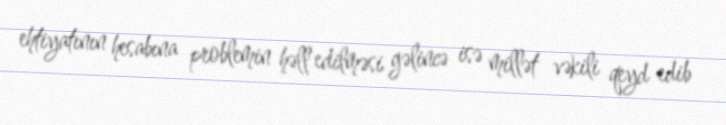
ehtiyatının hesabına problemin həll edilməsi gəlincə isə millət vəkili qeyd edib